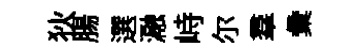
狄腸選瀜峙尔羣彙